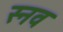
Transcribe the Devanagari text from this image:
स्नव